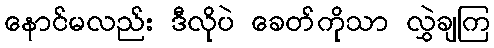
နောင်မလည်း ဒီလိုပဲ ခေတ်ကိုသာ လွှဲချကြ